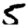
Digit: 5